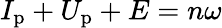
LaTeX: I_{\mathrm{p}}+U_{\mathrm{p}}+E=n\omega